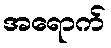
အရောက်